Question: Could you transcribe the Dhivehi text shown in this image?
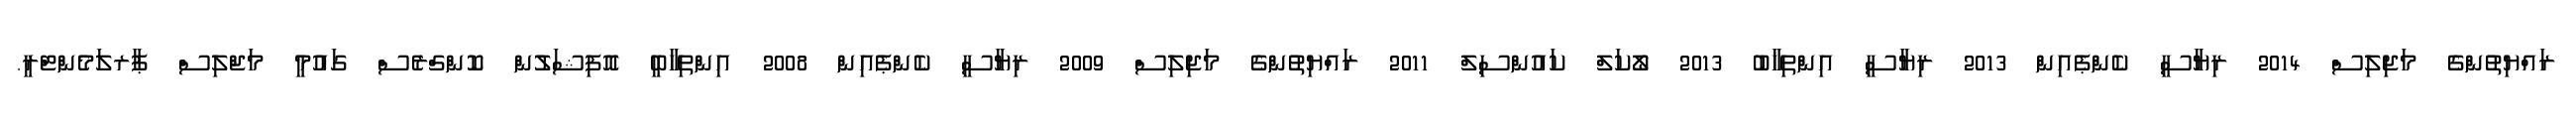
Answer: ރައްޔިތުންގެ މަޖިލިސް 2014 ރިޔާސީ ކެންޕެއިން 2013 ރިޔާސީ އިންތިޚާބު 2013 ލޯކަލް ކައުންސިލް 2011 ރައްޔިތުންގެ މަޖިލިސް 2009 ރިޔާސީ ކެންޕެއިން 2008 އިންތިހާބީ އޮފިޝަލުން ކޮންގްރެސް ގައުމީ މަޖްލިސް ޕާރލަމެންޓްރީ.